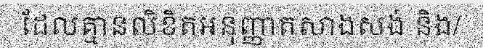
ដែលគ្មានលិខិតអនុញ្ញាតសាងសង់ និង/